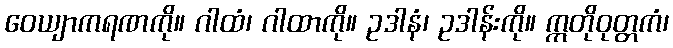
ဝေယျာကရဏကို။ ဂါထံ၊ ဂါထာကို။ ဥဒါနံ၊ ဥဒါန်းကို။ ဣတိုဝုတ္တကံ၊